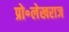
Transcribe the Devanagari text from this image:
प्रो॰लेखराज